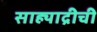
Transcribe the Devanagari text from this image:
साह्याद्रीची